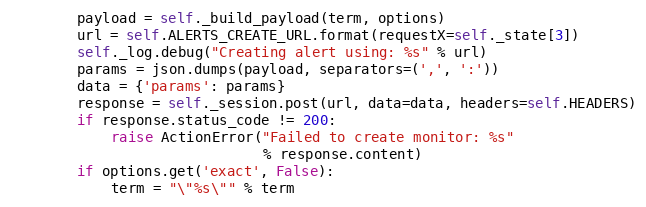
Language: Python
        payload = self._build_payload(term, options)
        url = self.ALERTS_CREATE_URL.format(requestX=self._state[3])
        self._log.debug("Creating alert using: %s" % url)
        params = json.dumps(payload, separators=(',', ':'))
        data = {'params': params}
        response = self._session.post(url, data=data, headers=self.HEADERS)
        if response.status_code != 200:
            raise ActionError("Failed to create monitor: %s"
                              % response.content)
        if options.get('exact', False):
            term = "\"%s\"" % term